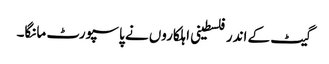
گیٹ کے اندر فلسطینی اہلکاروں نے پاسپورٹ مانگا۔